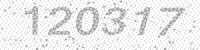
Solution: 120317